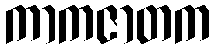
ကာကဇာတက